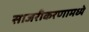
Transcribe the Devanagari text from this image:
साजरीकरणामध्ये